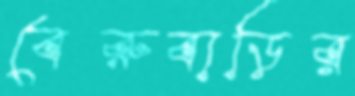
বেরুবাড়ির